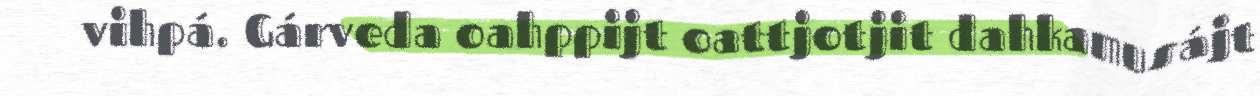
vihpá. Gárveda oahppijt oattjotjit dahkamusájt